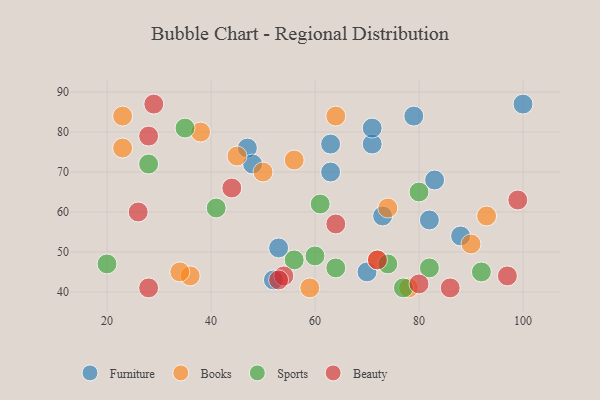
{"axis": {"x": "GDP", "y": "Life Expectancy"}, "legend": ["Beauty", "Books", "Furniture", "Sports"], "data": [{"x": "63", "y": 77, "type": "Furniture"}, {"x": "63", "y": 70, "type": "Furniture"}, {"x": "47", "y": 76, "type": "Furniture"}, {"x": "82", "y": 58, "type": "Furniture"}, {"x": "53", "y": 51, "type": "Furniture"}, {"x": "48", "y": 72, "type": "Furniture"}, {"x": "88", "y": 54, "type": "Furniture"}, {"x": "100", "y": 87, "type": "Furniture"}, {"x": "71", "y": 77, "type": "Furniture"}, {"x": "83", "y": 68, "type": "Furniture"}, {"x": "52", "y": 43, "type": "Furniture"}, {"x": "71", "y": 81, "type": "Furniture"}, {"x": "79", "y": 84, "type": "Furniture"}, {"x": "73", "y": 59, "type": "Furniture"}, {"x": "70", "y": 45, "type": "Furniture"}, {"x": "36", "y": 44, "type": "Books"}, {"x": "23", "y": 84, "type": "Books"}, {"x": "64", "y": 84, "type": "Books"}, {"x": "59", "y": 41, "type": "Books"}, {"x": "72", "y": 48, "type": "Books"}, {"x": "23", "y": 76, "type": "Books"}, {"x": "90", "y": 52, "type": "Books"}, {"x": "50", "y": 70, "type": "Books"}, {"x": "78", "y": 41, "type": "Books"}, {"x": "56", "y": 73, "type": "Books"}, {"x": "34", "y": 45, "type": "Books"}, {"x": "38", "y": 80, "type": "Books"}, {"x": "45", "y": 74, "type": "Books"}, {"x": "93", "y": 59, "type": "Books"}, {"x": "74", "y": 61, "type": "Books"}, {"x": "92", "y": 45, "type": "Sports"}, {"x": "56", "y": 48, "type": "Sports"}, {"x": "80", "y": 65, "type": "Sports"}, {"x": "28", "y": 72, "type": "Sports"}, {"x": "74", "y": 47, "type": "Sports"}, {"x": "35", "y": 81, "type": "Sports"}, {"x": "77", "y": 41, "type": "Sports"}, {"x": "64", "y": 46, "type": "Sports"}, {"x": "41", "y": 61, "type": "Sports"}, {"x": "20", "y": 47, "type": "Sports"}, {"x": "82", "y": 46, "type": "Sports"}, {"x": "60", "y": 49, "type": "Sports"}, {"x": "61", "y": 62, "type": "Sports"}, {"x": "28", "y": 41, "type": "Beauty"}, {"x": "28", "y": 79, "type": "Beauty"}, {"x": "99", "y": 63, "type": "Beauty"}, {"x": "72", "y": 48, "type": "Beauty"}, {"x": "26", "y": 60, "type": "Beauty"}, {"x": "54", "y": 44, "type": "Beauty"}, {"x": "86", "y": 41, "type": "Beauty"}, {"x": "44", "y": 66, "type": "Beauty"}, {"x": "80", "y": 42, "type": "Beauty"}, {"x": "53", "y": 43, "type": "Beauty"}, {"x": "29", "y": 87, "type": "Beauty"}, {"x": "64", "y": 57, "type": "Beauty"}, {"x": "97", "y": 44, "type": "Beauty"}]}